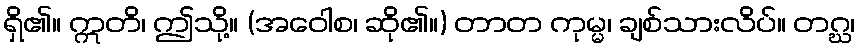
ရှိ၏။ ဣတိ၊ ဤသို့။ (အဝေါစ၊ ဆို၏။) တာတ ကုမ္မ၊ ချစ်သားလိပ်။ တဂ္ဃ၊